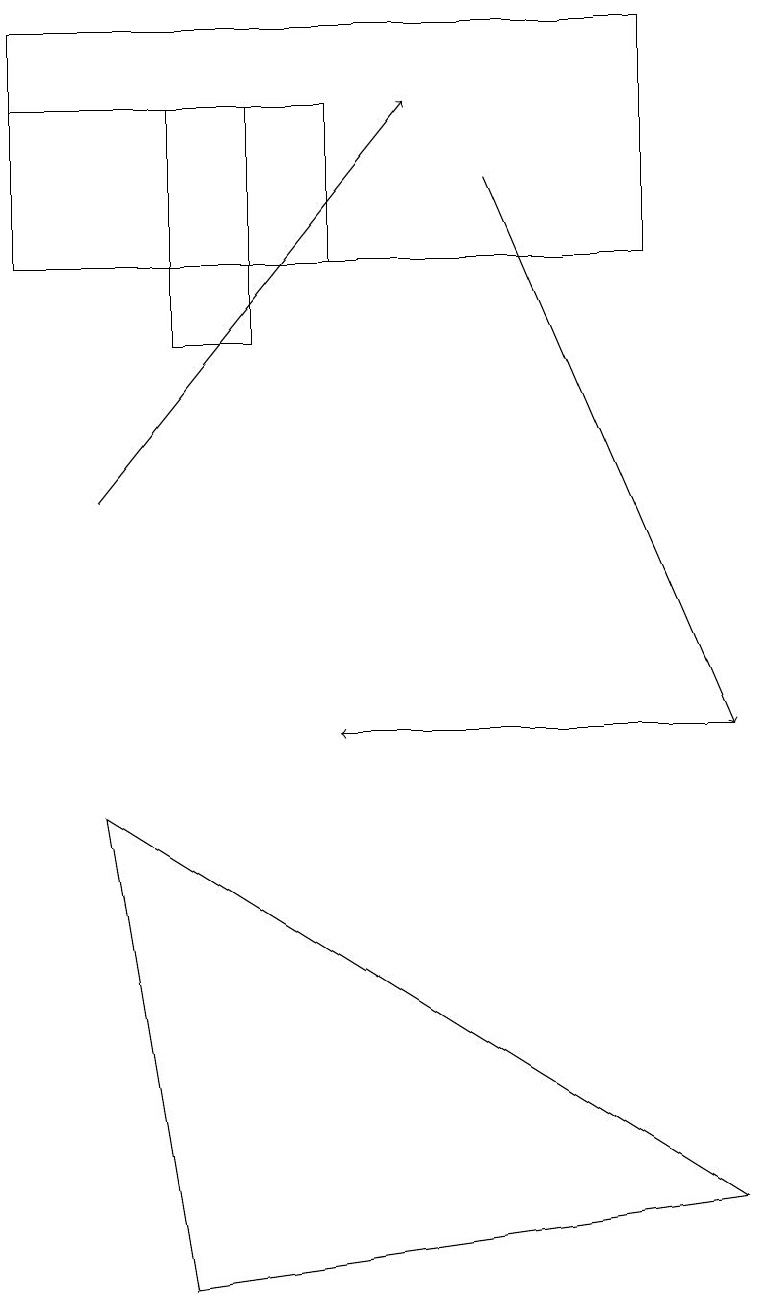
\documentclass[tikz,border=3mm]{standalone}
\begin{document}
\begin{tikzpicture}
\draw (2,18) rectangle (3,15);
\draw (1,9) -- (2,3) -- (9,4) -- cycle;
\draw (0,16) rectangle (4,18);
\draw (8,16) rectangle (0,19);
\draw[->] (6,17) -- (9,10);
\draw[->] (9,10) -- (4,10);
\draw[->] (1,13) -- (5,18);
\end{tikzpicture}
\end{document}